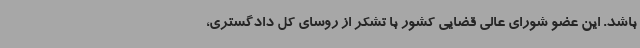
باشد. این عضو شورای عالی قضایی کشور با تشکر از روسای کل دادگستری،